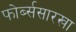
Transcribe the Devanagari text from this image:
फोर्ब्ससारखा